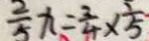
\frac { 2 } { 5 } x = \frac { 3 } { 4 } \times \frac { 1 } { 5 }